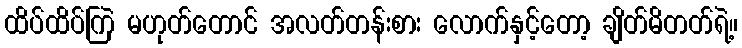
ထိပ်ထိပ်ကြဲ မဟုတ်တောင် အလတ်တန်းစား လောက်နှင့်တော့ ချိတ်မိတတ်ရဲ့။